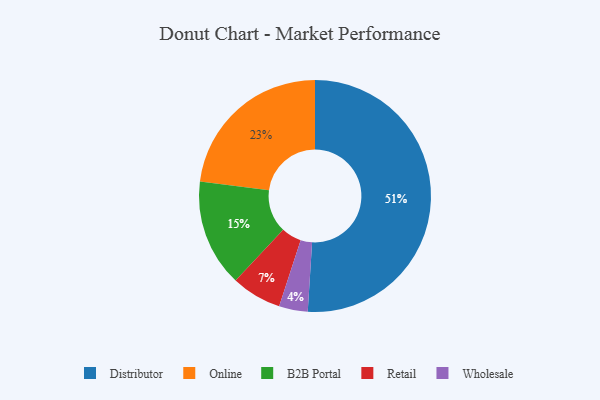
{"axis": {"x": "Category", "y": "Percentage"}, "legend": ["B2B Portal", "Distributor", "Online", "Retail", "Wholesale"], "data": [{"x": "Retail", "y": 7, "type": "Retail"}, {"x": "Distributor", "y": 51, "type": "Distributor"}, {"x": "Wholesale", "y": 4, "type": "Wholesale"}, {"x": "Online", "y": 23, "type": "Online"}, {"x": "B2B Portal", "y": 15, "type": "B2B Portal"}]}